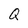
Character: Q